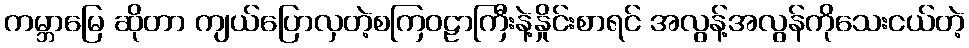
ကမ္ဘာမြေ ဆိုတာ ကျယ်ပြောလှတဲ့စကြဝဠာကြီးနဲ့နှိုင်းစာရင် အလွန့်အလွန်ကိုသေးငယ်တဲ့